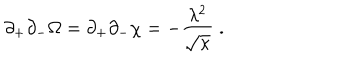
\partial _ { + } \partial _ { - } \Omega = \partial _ { + } \partial _ { - } \chi = - \frac { \lambda ^ { 2 } } { \sqrt { \kappa } } \; .